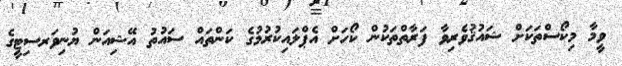
ވީމާ މިކޯސްތަކަށް ޝައުޤުވެރިވާ ފަރާތްތަކުން ކޯހަށް އެޕްލައިކުރުމުގެ ކަންތައް ސައުތު އޭޝިއަން ޔުނިވަރސިޓީގެ